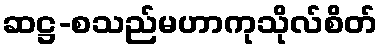
ဆဋ္ဌ-စသည်မဟာကုသိုလ်စိတ်